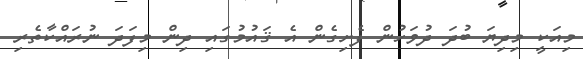
މިއަކީ މިދިޔަ ބުދަ ދުވަހުން ފެށިގެން އެ ޤައުމުގައި ދިން މިފަދަ ނުރައްކާތެރި